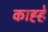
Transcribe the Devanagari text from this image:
काह्हे